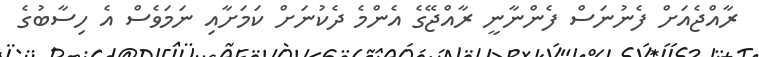
ރާއްޖެއަށް ފެނުނަސް ފެންނާނީ ރާއްޖޭގެ އެންމެ ދެކުނަށް ކަމަށާއި ނަމަވެސް އެ ހިސާބުގެ